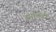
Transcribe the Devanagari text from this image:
रूपादेवी